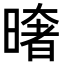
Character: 𭧤